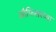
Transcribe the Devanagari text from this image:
ऑफिसरच्या